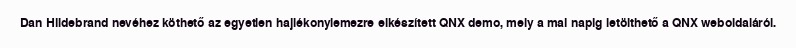
Dan Hildebrand nevéhez köthető az egyetlen hajlékonylemezre elkészített QNX demo, mely a mai napig letölthető a QNX weboldaláról.